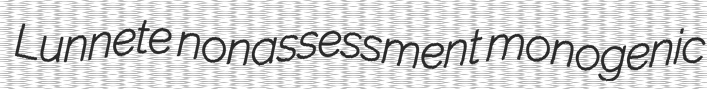
Lunnete nonassessment monogenic